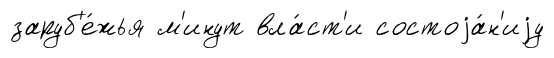
заруб'е́жья м'инут вла́ст'и состоjа́н'иjу